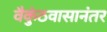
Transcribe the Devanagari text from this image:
वैकुंठवासानंतर